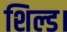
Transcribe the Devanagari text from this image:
शिल्ड।